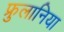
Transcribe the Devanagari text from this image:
फ्रुलानिया